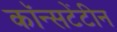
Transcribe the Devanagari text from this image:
कॉन्सटेंटीन